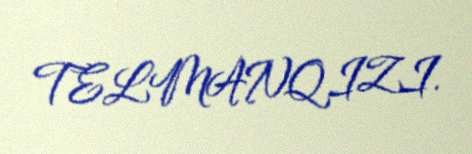
TELMANQIZI.